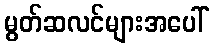
မွတ်ဆလင်များအပေါ်